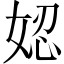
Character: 𡝖